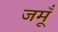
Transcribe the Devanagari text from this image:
जमूँ